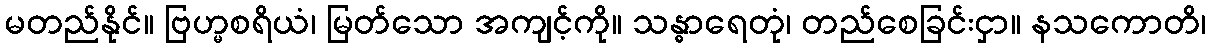
မတည်နိုင်။ ဗြဟ္မစရိယံ၊ မြတ်သော အကျင့်ကို။ သန္ဓာရေတုံ၊ တည်စေခြင်းငှာ။ နသကောတိ၊